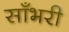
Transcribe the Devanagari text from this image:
साँभरी